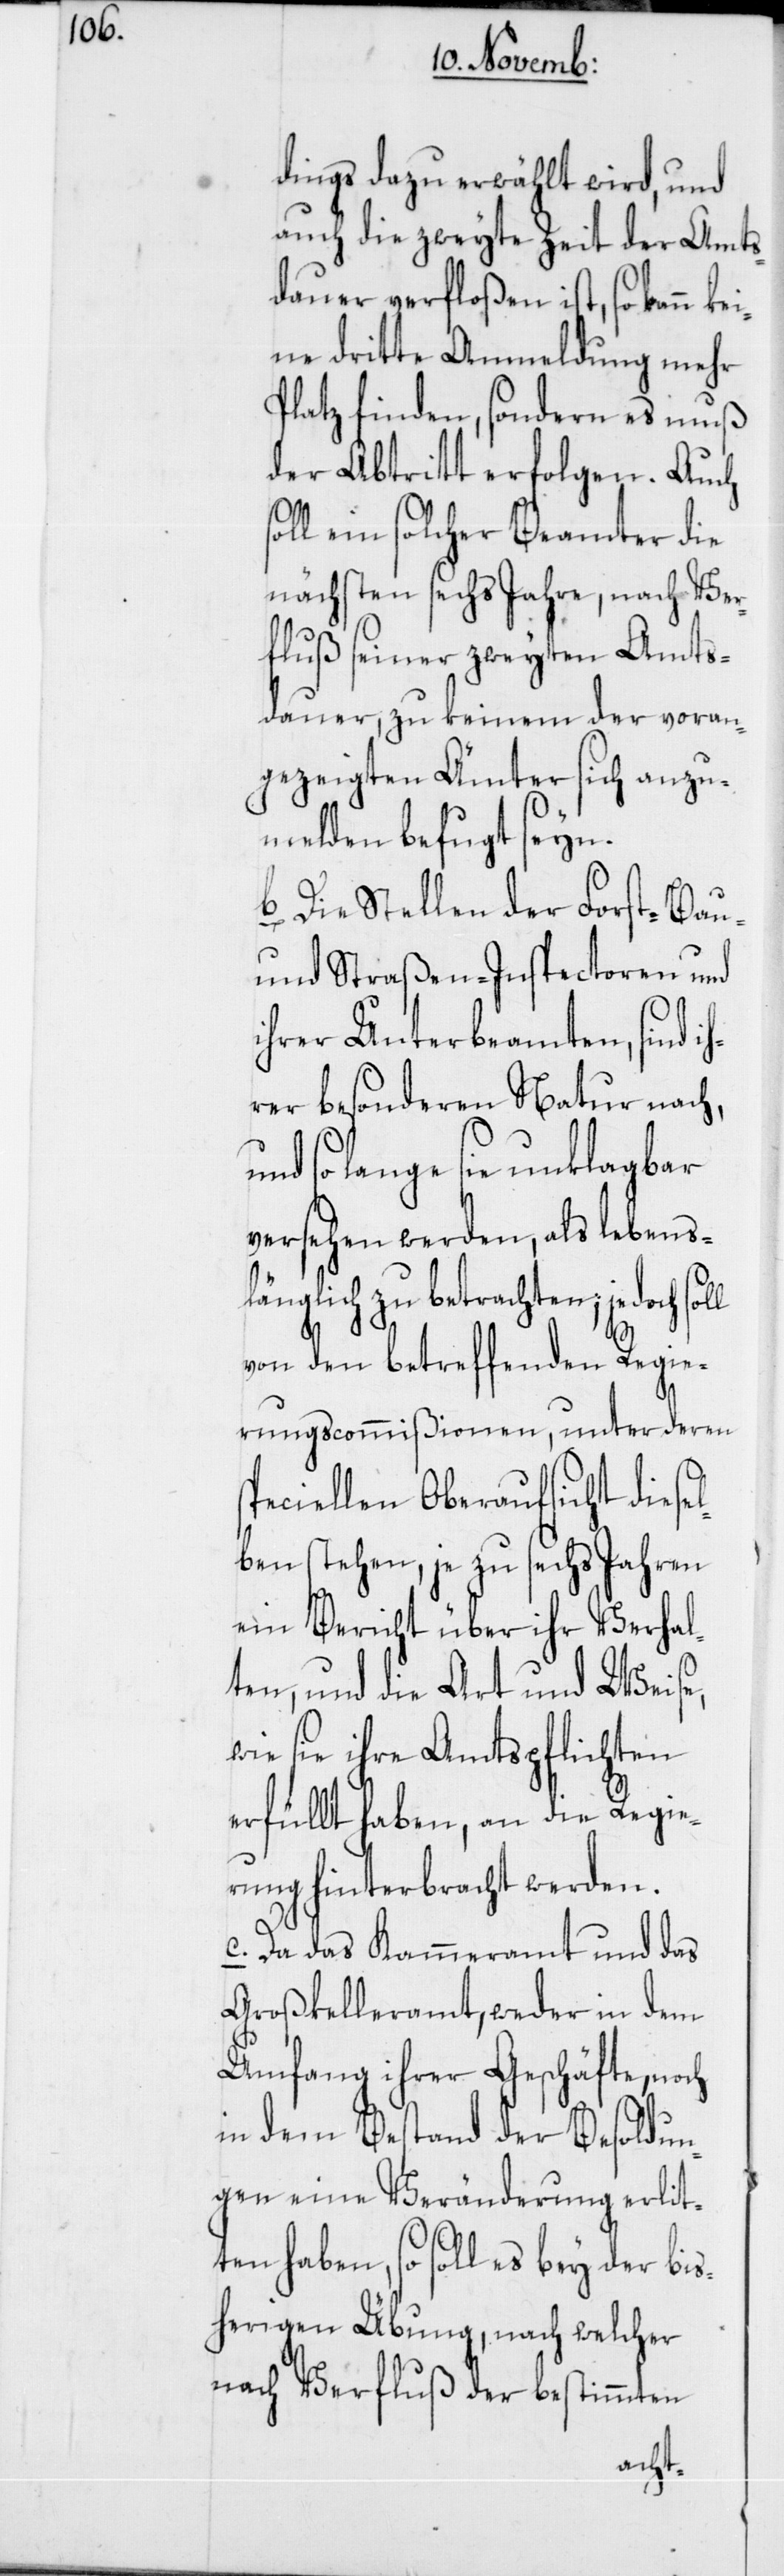
s¬

dings dazu erwählt wird, und
auch die zweyte Zeit der Amts¬
dauer verfloßen ist, so kann k¬
eine dritte Anmeldung mehr
Platz finden, sondern es muß
der Abtritt erfolgen. Auch
oll ein solcher Beamter die
nächsten sechs Jahre, nach Ver¬
fluß seiner zweyten Amts¬
dauer, zu keinem der voran¬
gezeigten Ämter sich anzu¬
melden befugt seyn.
b. Die Stellen der Forst-[,]
und Straßen-Inspectoren und
ihrer Unterbeamten, sind i¬
hrer besonderen Natur nach,
so lange sie unklagbar
versehen werden, als lebensl¬
änglich zu betrachten; jedoch
von den betreffenden Regie¬
rungscommißionen, unter deren s¬
peciellen Oberaufsicht diese¬
lben stehen, je zu sechs Jahren
ein Bericht über ihr Verhal¬
ten, und die Art und Weise,
wie sie ihre Amtspflichten
erfüllt haben, an die Regie¬
rung hinterbracht werden.
c. Da das Kammeramt und das
Großkelleramt, weder in dem
Umfang ihrer Geschäfte, noch
in dem Bestand der Besoldun¬
gen eine Veränderung erlit¬
ten haben, so soll es bey der bis¬
herigen Übung, nach welcher
nach Verfluß der bestimmten